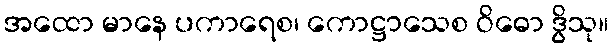
အထော မာနေ ပကာရေစ၊ ကောဋ္ဌာသေစ ဝိဓော ဒွိသု။